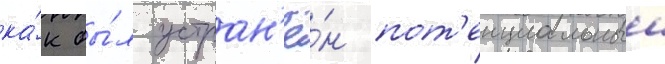
ка́к бы́л устран'ё́н пот'енциальныи